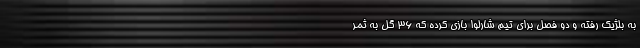
به بلژیک رفته و دو فصل برای تیم شارلوا بازی کرده که 36 گل به ثمر